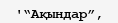
'“Ақындар”,